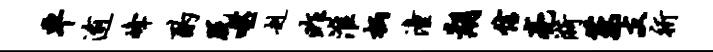
车逾峰酌脱噬赳昨淮柄潼湖信亮漪萋支祈